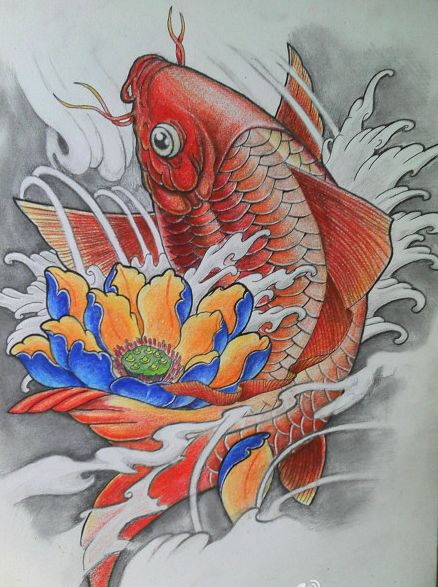
海上众鸟不敢飞，中有鲤鱼长且肥。